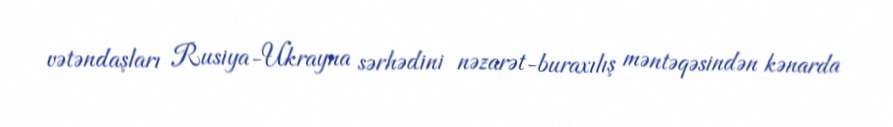
vətəndaşları Rusiya-Ukrayna sərhədini nəzarət-buraxılış məntəqəsindən kənarda